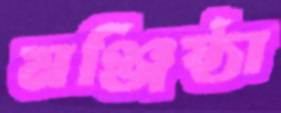
মঞ্জিষ্ঠা